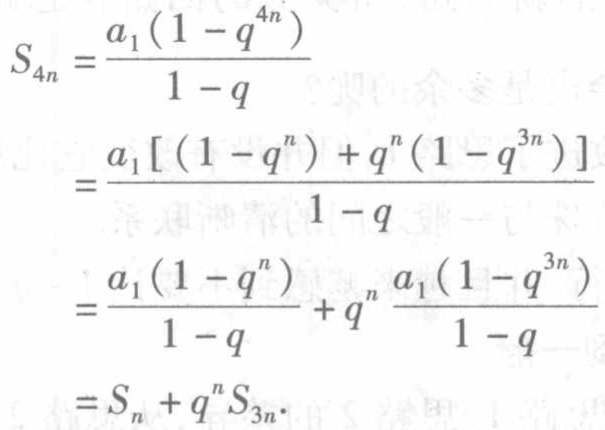
\[
\begin{align*}
S_{4n}&=\frac{a_{1}(1 - q^{4n})}{1 - q}\\
&=\frac{a_{1}[(1 - q^{n})+q^{n}(1 - q^{3n})]}{1 - q}\\
&=\frac{a_{1}(1 - q^{n})}{1 - q}+q^{n}\frac{a_{1}(1 - q^{3n})}{1 - q}\\
&=S_{n}+q^{n}S_{3n}.
\end{align*}
\]